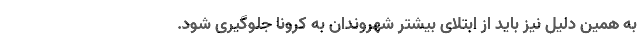
به همین دلیل نیز باید از ابتلای بیشتر شهروندان به کرونا جلوگیری شود.